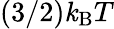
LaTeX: (3/2)\mathit{k}_{\mathrm{{B}}}T